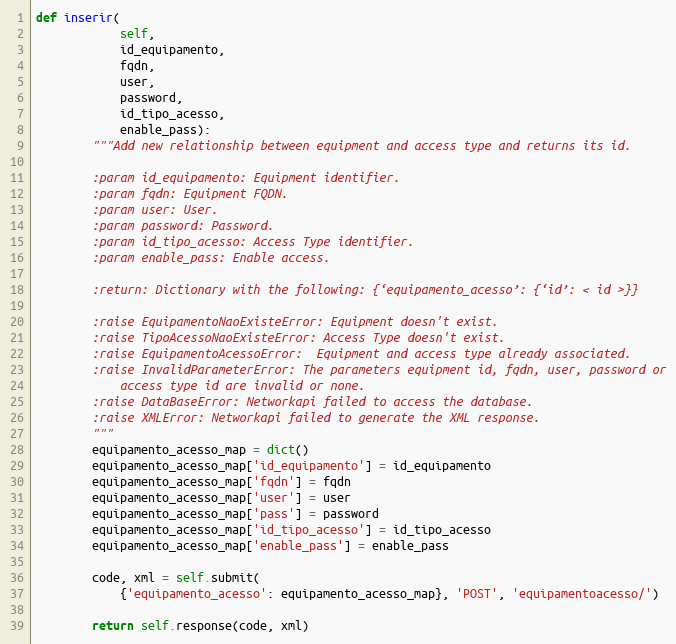
Language: Python
def inserir(
            self,
            id_equipamento,
            fqdn,
            user,
            password,
            id_tipo_acesso,
            enable_pass):
        """Add new relationship between equipment and access type and returns its id.

        :param id_equipamento: Equipment identifier.
        :param fqdn: Equipment FQDN.
        :param user: User.
        :param password: Password.
        :param id_tipo_acesso: Access Type identifier.
        :param enable_pass: Enable access.

        :return: Dictionary with the following: {‘equipamento_acesso’: {‘id’: < id >}}

        :raise EquipamentoNaoExisteError: Equipment doesn't exist.
        :raise TipoAcessoNaoExisteError: Access Type doesn't exist.
        :raise EquipamentoAcessoError:  Equipment and access type already associated.
        :raise InvalidParameterError: The parameters equipment id, fqdn, user, password or
            access type id are invalid or none.
        :raise DataBaseError: Networkapi failed to access the database.
        :raise XMLError: Networkapi failed to generate the XML response.
        """
        equipamento_acesso_map = dict()
        equipamento_acesso_map['id_equipamento'] = id_equipamento
        equipamento_acesso_map['fqdn'] = fqdn
        equipamento_acesso_map['user'] = user
        equipamento_acesso_map['pass'] = password
        equipamento_acesso_map['id_tipo_acesso'] = id_tipo_acesso
        equipamento_acesso_map['enable_pass'] = enable_pass

        code, xml = self.submit(
            {'equipamento_acesso': equipamento_acesso_map}, 'POST', 'equipamentoacesso/')

        return self.response(code, xml)